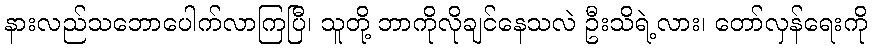
နားလည်သဘောပေါက်လာကြပြီ၊ သူတို့ ဘာကိုလိုချင်နေသလဲ ဦးသိရဲ့လား၊ တော်လှန်ရေးကို